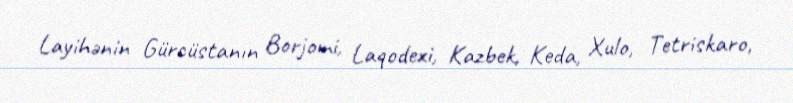
Layihənin Gürcüstanın Borjomi, Laqodexi, Kazbek, Keda, Xulo, Tetriskaro,